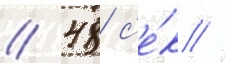
// 48 с'е́к //